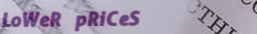
LoWeR pRiCeS